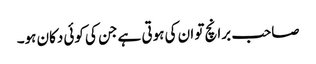
صاحب برانچ تو ان کی ہوتی ہے جن کی کوئی دکان ہو۔